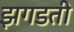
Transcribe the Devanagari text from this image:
झगडती